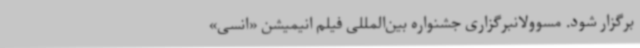
برگزار شود. مسوولانبرگزاری جشنواره بین‌المللی فیلم انیمیشن «انسی»